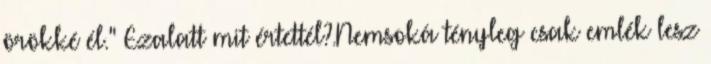
örökké él." Ezalatt mit értettél?.Nemsoká tényleg csak emlék lesz